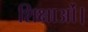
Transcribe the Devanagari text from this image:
शिक्षाओं।